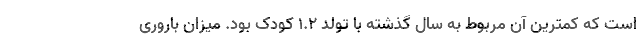
است که کمترین آن مربوط به سال گذشته با تولد ۱.۲ کودک بود. میزان باروری